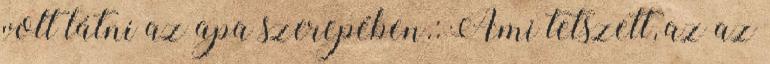
volt látni az apa szerepében.: Ami tetszett, az az